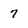
Character: 7